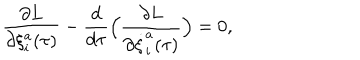
LaTeX: \frac { \partial L } { \partial \xi _ { i } ^ { a } ( \tau ) } - \frac { d } { d \tau } \Big ( \frac { \partial L } { \partial \dot { \xi } _ { i } ^ { a } ( \tau ) } \Big ) = 0 ,